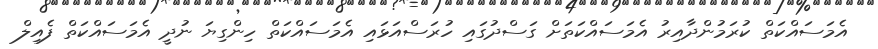
އެމަސައްކަތް ކުރަމުންދާއިރު އެމަސައްކަތަށް ގަސްދުގައި ހުރަސްއަޅައި އެމަސައްކަތް ހިންގިޔަ ނުދީ އެމަސައްކަތް ފެއިލް